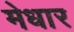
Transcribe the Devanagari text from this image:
मेधार